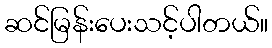
ဆင်မြန်းပေးသင့်ပါတယ်။